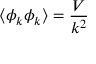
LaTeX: \left\langle \phi _ { k } \phi _ { k } \right\rangle = { \frac { V } { k ^ { 2 } } }